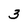
Character: 3